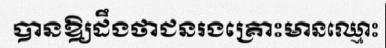
បានឱ្យដឹងថាជនរងគ្រោះមានឈ្មោះ